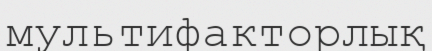
мультифакторлық